Report on vaccination in the Province of Bengal - 1874-1889
Year: 1874
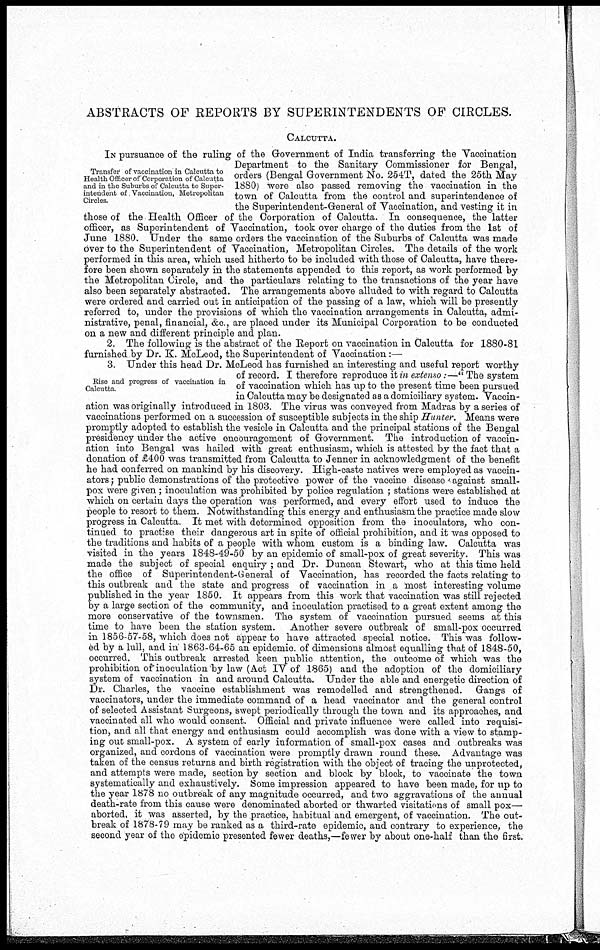
ABSTRACTS OF REPORTS BY SUPERINTENDENTS OF CIRCLES.
CALCUTTA.
Transfer of vaccination in Calcutta to
Health Officer of Corporation of Calcutta
and in the Suburbs of Calcutta to Super-
intendent of Vaccination, Metropolitan
Circles.
IN pursuance of the ruling of the Government of India transferring the Vaccination
Department to the Sanitary Commissioner for Bengal,
orders (Bengal Government No. 254T, dated the 25th May
1880) were also passed removing the vaccination in the
town of Calcutta from the control and superintendence of
the Superintendent-General of Vaccination, and vesting it in
those of the Health Officer of the Corporation of Calcutta. In consequence, the latter
officer, as Superintendent of Vaccination, took over charge of the duties from the 1st of
June 1880. Under the same orders the vaccination of the Suburbs of Calcutta was made
over to the Superintendent of Vaccination, Metropolitan Circles. The details of the work
performed in this area, which used hitherto to be included with those of Calcutta, have there-
fore been shown separately in the statements appended to this report, as work performed by
the Metropolitan Circle, and the particulars relating to the transactions of the year have
also been separately abstracted. The arrangements above alluded to with regard to Calcutta
were ordered and carried out in anticipation of the passing of a law, which will be presently
referred to, under the provisions of which the vaccination arrangements in Calcutta, admi-
nistrative, penal, financial, &c., are placed under its Municipal Corporation to be conducted
on a new and different principle and plan.
2. The following is the abstract of the Report on vaccination in Calcutta for 1880-81
furnished by Dr. K. McLeod, the Superintendent of Vaccination:—
Rise and progress of vaccination in
Calcutta.
3. Under this head Dr. McLeod has furnished an interesting and useful report worthy
of record. I therefore reproduce it in extenso:—" The system
of vaccination which has up to the present time been pursued
in Calcutta may be designated as a domiciliary system. Vaccin-
ation was originally introduced in 1803. The virus was conveyed from Madras by a series of
vaccinations performed on a succession of susceptible subjects in the ship Hunter. Means were
promptly adopted to establish the vesicle in Calcutta and the principal stations of the Bengal
presidency under the active encouragement of Government. The introduction of vaccin-
ation into Bengal was hailed with great enthusiasm, which is attested by the fact that a
donation of £400 was transmitted from Calcutta to Jenner in acknowledgment of the benefit
he had conferred on mankind by his discovery. High-caste natives were employed as vaccin-
ators ;public demonstrations of the protective power of the vaccine disease against small-
pox were given ; inoculation was prohibited by police regulation ; stations were established at
which on certain days the operation was performed, and every effort used to induce the
people to resort to them. Notwithstanding this energy and enthusiasm the practice made slow
progress in Calcutta. It met with determined opposition from the inoculators, who con-
tinued to practise their dangerous art in spite of official prohibition, and it was opposed to
the traditions and habits of a people with whom custom is a binding law. Calcutta was
visited in the years 1848-49-50 by an epidemic of small-pox of great severity. This was
made the subject of special enquiry ; and Dr. Duncan Stewart, who at this time held
the office of Superintendent-General of Vaccination, has recorded the facts relating to
this outbreak and the state and progress of vaccination in a most interesting volume
published in the year 1850. It appears from this work that vaccination was still rejected
by a large section of the community, and inoculation practised to a great extent among the
more conservative of the townsmen. The system of vaccination pursued seems at this
time to have been the station system. Another severe outbreak of small-pox occurred
in 1856-57-58, which does not appear to have attracted special notice. This was follow-
ed by a lull, and in 1863-64-65 an epidemic of dimensions almost equalling that of 1848-50,
occurred. This outbreak arrested keen public attention, the outcome of which was the
prohibition of inoculation by law (Act IV of 1865) and the adoption of the domiciliary
system of vaccination in and around Calcutta. Under the able and energetic direction of
Dr. Charles, the vaccine establishment was remodelled and strengthened. Gangs of
vaccinators, under the immediate command of a head vaccinator and the general control
of selected Assistant Surgeons, swept periodically through the town and its approaches, and
vaccinated all who would consent. Official and private influence were called into requisi-
tion, and all that energy and enthusiasm could accomplish was done with a view to stamp-
ing out small-pox. A system of early information of small-pox cases and outbreaks was
organized, and cordons of vaccination were promptly drawn round these. Advantage was
taken of the census returns and birth registration with the object of tracing the unprotected,
and attempts were made, section by section and block by block, to vaccinate the town
systematically and exhaustively. Some impression appeared to have been made, for up to
the year 1878 no outbreak of any magnitude occurred, and two aggravations of the annual
death-rate from this cause were denominated aborted or thwarted visitations of small pox—
aborted, it was asserted, by the practice, habitual and emergent, of vaccination. The out-
break of 1878-79 may be ranked as a third-rate epidemic, and contrary to experience, the
second year of the epidemic presented fewer deaths,—fewer by about one-half than the first.